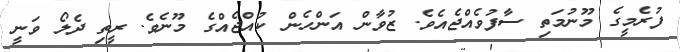
ފުރެމީގެ މޫނުމަތި ސާފުވެއްޖެއެވެ. ޒުވާން އަންހެން ކުއްޖެއްގެ މޫނެވެ. ރީތި ދެލޯ ވަނީ